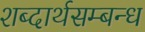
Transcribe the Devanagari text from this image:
शब्दार्थसम्बन्ध